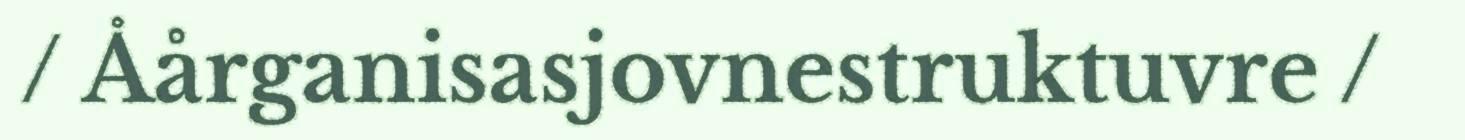
/ Åårganisasjovnestruktuvre /